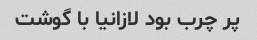
پر چرب بود لازانیا با گوشت